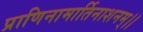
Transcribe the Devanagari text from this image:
प्राणिनामार्तिनाशनम्।।